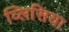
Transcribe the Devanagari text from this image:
व्लिसिया